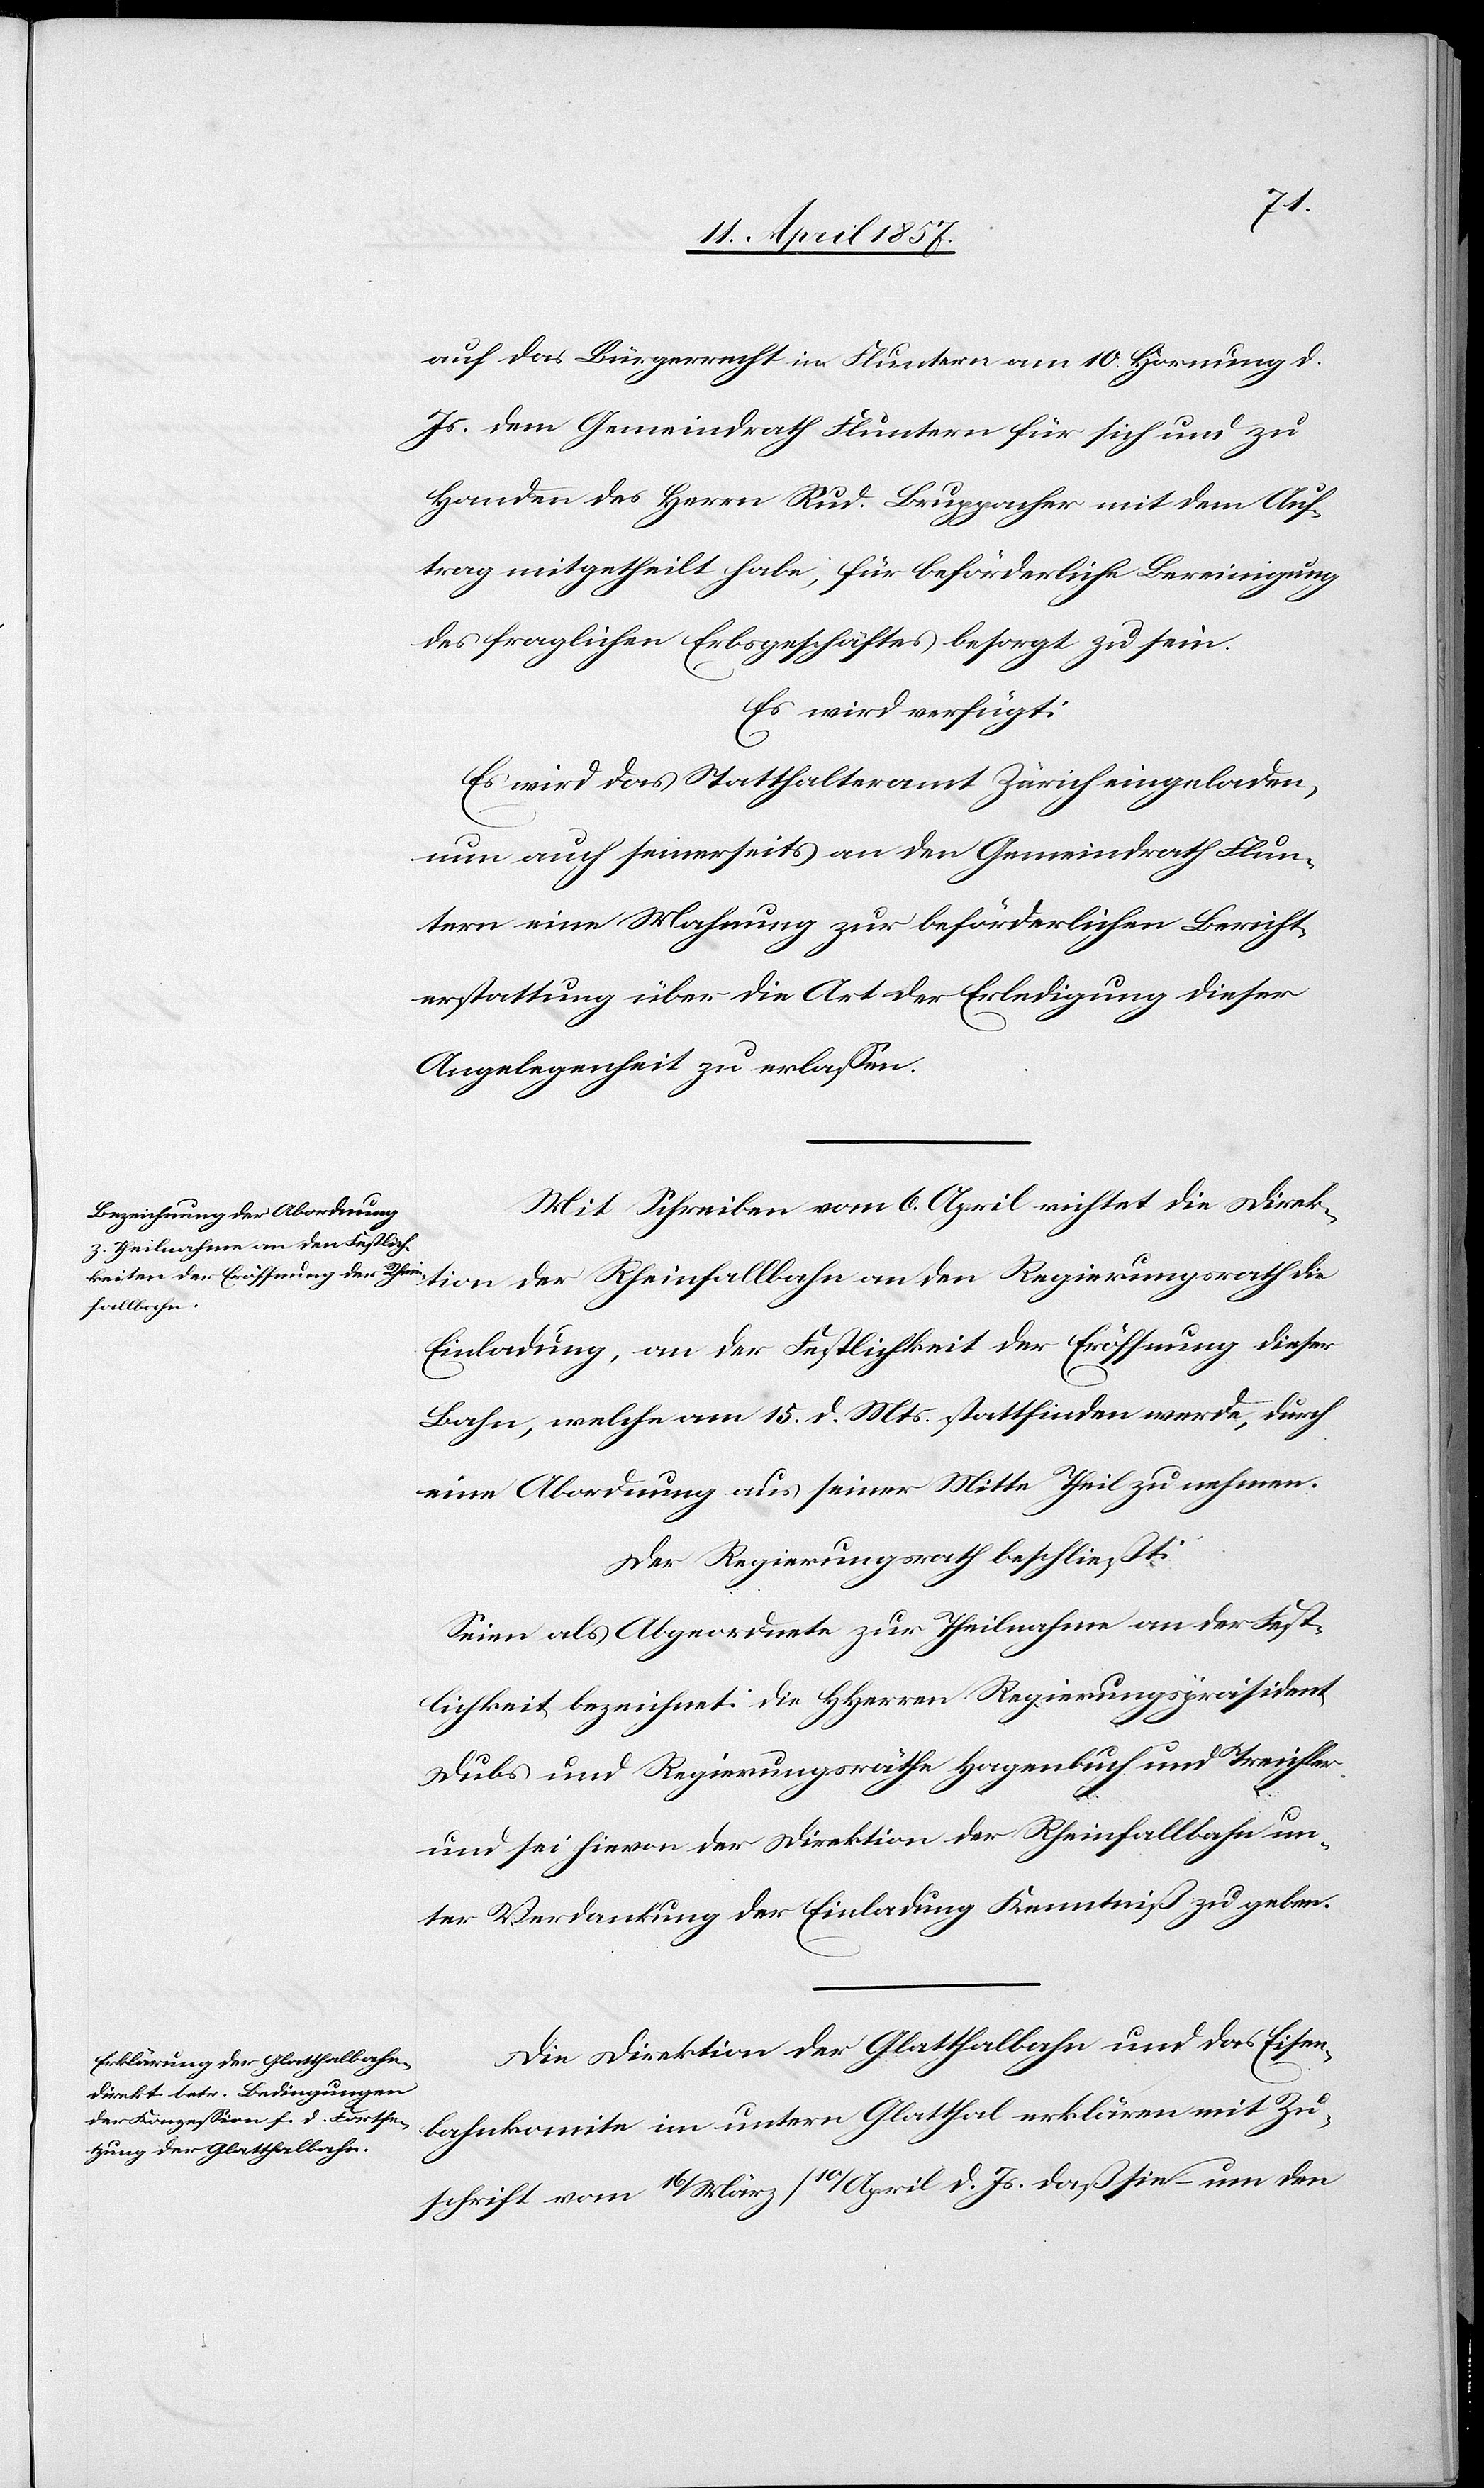
auf das Bürgerrecht in Fluntern am 10. Hornung d.
Js. dem Gemeindrath Fluntern für sich und zu
Handen des Herrn Rud. Bruppacher mit dem Auf¬
trag mitgetheilt habe, für beförderliche Bereinigung
des fraglichen Erbsgeschäftes besorgt zu sein.
Es wird verfügt:
Es wird das Statthalteramt Zürich eingeladen
nun auch seinerseits an den Gemeindrath Flun¬
tern eine Mahnung zur beförderlichen Bericht¬
erstattung über die Art der Erledigung dieser
Angelegenheit zu erlassen.
Mit Schreiben vom 6. April richtet die Direk¬
tion der Rheinfallbahn an den Regierungsrath die
Einladung, an der Festlichkeit der Eröffnung dieser
Bahn, welche am 15. d. Mts. stattfinden werde, durch
eine Abordnung aus seiner Mitte Theil zu nehmen.
Der Regierungsrath beschließt:
Seien als Abgeordnete zur Theilnahme an der Fest¬
lichkeit bezeichnet: Die HHerren Regierungspräsident
Dubs und Regierungsräthe Hagenbuch und Treichler
und sei hievon der Direktion der Rheinfallbahn un¬
ter Verdankung der Einladung Kenntniß zu geben.
Die Direktion der Glatthalbahn und das Eisen¬
bahnkomite im untern Glatthal erklären mit Zu¬
schrift vom 16/März/10/April d. Js. daß sie – um den